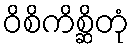
ဝိစိကိစ္ဆိတုံ